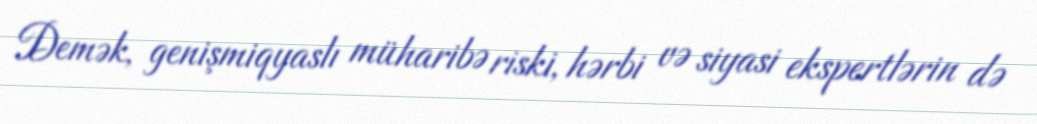
Demək, genişmiqyaslı müharibə riski, hərbi və siyasi ekspertlərin də